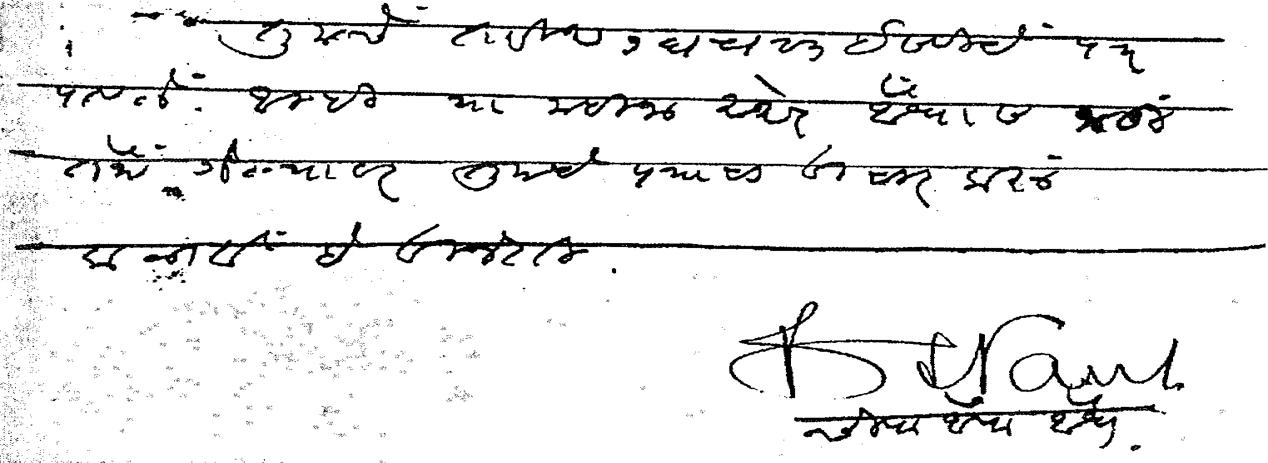
Transliteration (Devanagari): तुमचे तारीख १६ ५ २३ इसवीचे पत्र पावले आम्ही यामहिनाअखेर औंधास जाऊ तेथे गेल्यावर तुमचे पत्राचा विचार करू कळावे हे विनंती चीफ ऑफ औंध